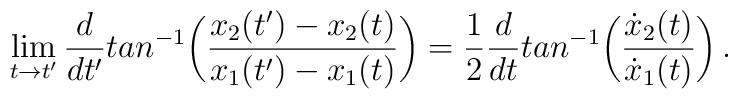
\lim_{t\rightarrow t'}{d\over dt'}tan^{-1}\biggl({x_2(t')-x_2(t)\over x_1(t')-x_1(t)}\biggr)={1\over 2}{d\over dt}tan^{-1}\biggl({{\dot x}_2(t)\over {\dot x}_1(t)}\biggr)\,.